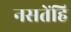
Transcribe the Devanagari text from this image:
नसतेंहि